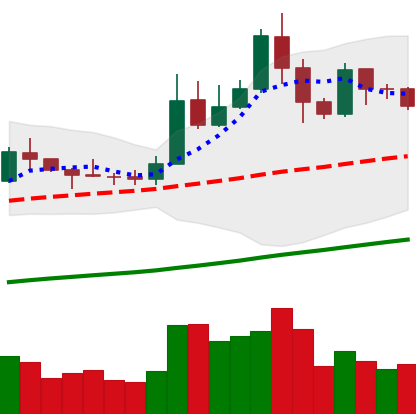
Ticker: LTC-USD
Chart end date: 2019-05-22
Forward return: 33.808%
Label: up_7plus